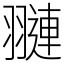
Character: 翴